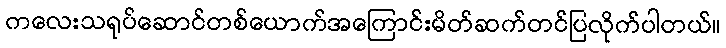
ကလေးသရုပ်ဆောင်တစ်ယောက်အကြောင်းမိတ်ဆက်တင်ပြလိုက်ပါတယ်။